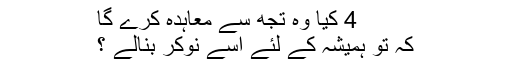
4 کیا وہ تجھ سے معاہدہ کرے گا
کہ تو ہمیشہ کے لئے اسے نوکر بنالے ؟